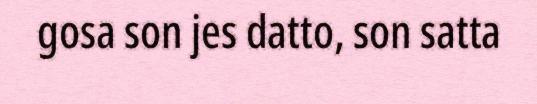
gosa son jes datto, son satta